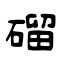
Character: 磂